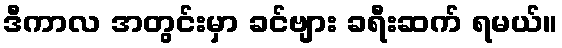
ဒီကာလ အတွင်းမှာ ခင်ဗျား ခရီးဆက် ရမယ်။